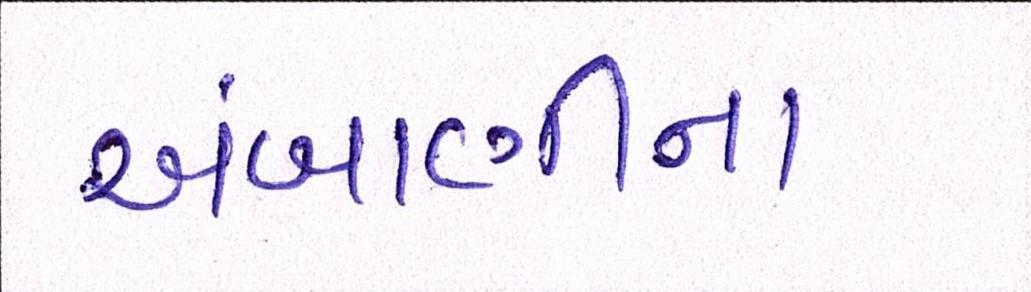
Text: અંબાણીના